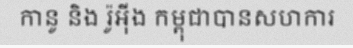
កានូ និង រ៉ូអ៊ីង កម្ពុជាបានសហការ